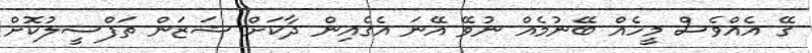
ގޭ އެއްވެސް މީހެއް ބޭނުމެއް ނުވޭ އޭނަ އެގެއިން ދާކަށް ޝަޒަން ތަފްސީލުކޮށް